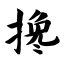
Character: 搀